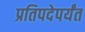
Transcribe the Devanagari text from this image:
प्रतिपदेपर्यंत